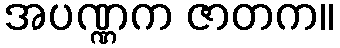
အပဏ္ဏက ဇာတက။